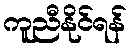
ကူညီနိုင်ရန်